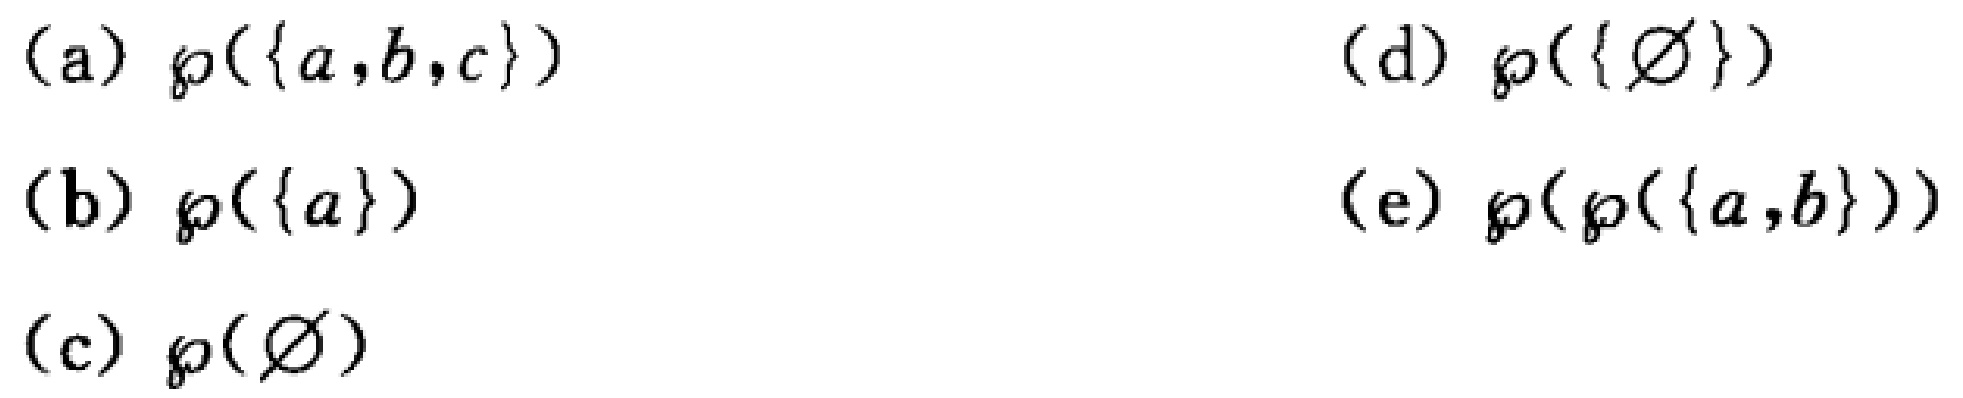
(a) $\wp(\{a,b,c\})$

(b) $\wp(\{a\})$

(c) $\wp(\varnothing)$

(d) $\wp(\{\varnothing\})$

(e) $\wp(\wp(\{a,b\}))$